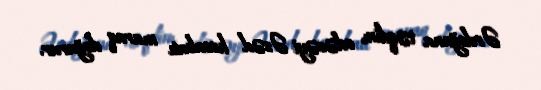
Ərdoğana təqdim edəcəyi Əsəd hesabatı maraq doğurur.